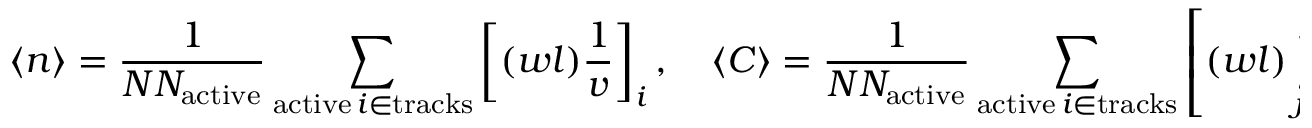
\langle n \rangle = \frac { 1 } { N N _ { \mathrm { a c t i v e } } } \sum _ { \substack { \mathrm { a c t i v e } \, i \in \mathrm { t r a c k s } } } \left[ ( w l ) \frac { 1 } { v } \right] _ { i } , \quad \langle C \rangle = \frac { 1 } { N N _ { \mathrm { a c t i v e } } } \sum _ { \substack { \mathrm { a c t i v e } \, i \in \mathrm { t r a c k s } } } \left[ ( w l ) \sum _ { j = 1 } ^ { J } \frac { \nu _ { d , j } \Sigma _ { f } } { k \lambda _ { j } } \right] _ { i } ,